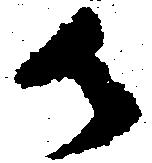
御